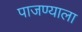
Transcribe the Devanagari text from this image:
पाजण्याला